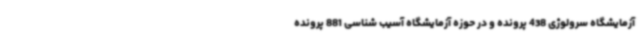
آزمایشگاه سرولوژی 438 پرونده و در حوزه آزمایشگاه آسیب شناسی 881 پرونده